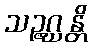
သဉ္ဇဂ္ဃန္တိ